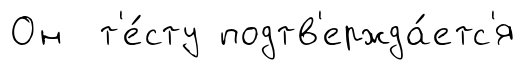
Он т'е́сту подтв'ержда́етс'я